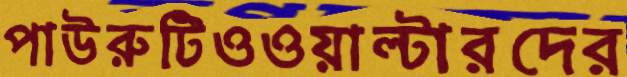
পাউরুটিওওয়াল্টারদের